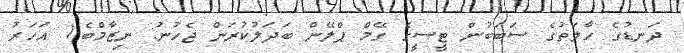
ދަނޑުގެ ހާލަތުގެ ސަބަބުން ޓީސީގެ ގޭމް ޕްލޭން ބަދަލުކުރަން ޖެހުނު: ނިޒާމްބެ1 އަހަރު